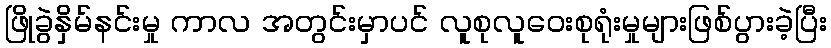
ဖြိုခွဲနှိမ်နင်းမှု ကာလ အတွင်းမှာပင် လူစုလူဝေးစုရုံးမှုများဖြစ်ပွားခဲ့ပြီး